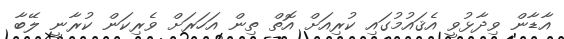
އާޑާން ވިދާޅުވީ އެޤައުމުގައި ކުރިއަށް އޮތް ތިން އަހަރަށް ވެރިކަން ކުރާނީ ލޭބާ